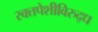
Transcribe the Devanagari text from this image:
रक्तपेशीविरुद्ध